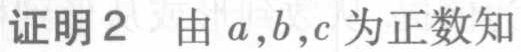
证明2 由 \(a,b,c\) 为正数知